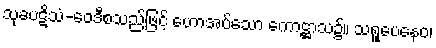
သုခပဋိသံ-ဝေဒီစသည်ဖြင့် ဟောအပ်သော ကောဋ္ဌာသ၌။ သရူပေနေဝ၊